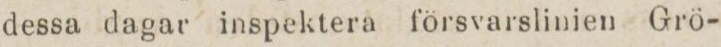
dessa dagar inspektera försvarslinien Grö-